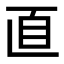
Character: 𦣽